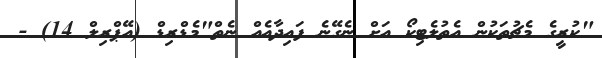
"ކުރީގެ މެޗުތަކުން އެތުލެޓިކޯ އަށް ނެގޭނެ ފައިދާއެއް ނެތް"މެޑްރިޑް (އޭޕްރިލް 14) -